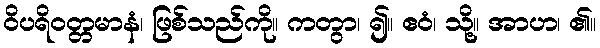
ဝိပရိဝတ္တမာနံ၊ ဖြစ်သည်ကို။ ကတွာ၊ ၍။ ဧဝံ၊ သို့။ အာဟ၊ ၏။